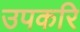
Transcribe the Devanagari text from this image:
उपकरि